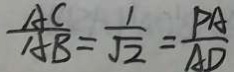
\frac { A C } { A B } = \frac { 1 } { \sqrt { 2 } } = \frac { P A } { A D }